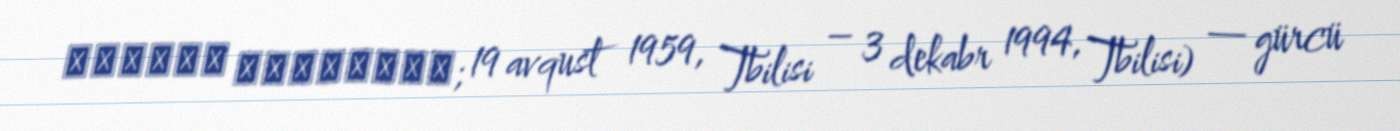
გიორგი ჭანტურია; 19 avqust 1959, Tbilisi – 3 dekabr 1994, Tbilisi) — gürcü